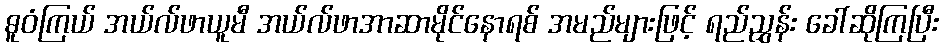
ဓူဝံကြယ် အယ်လ်ဖာယူမီ အယ်လ်ဖာအာဆာမိုင်နောရစ် အမည်များဖြင့် ရည်ညွှန်း ခေါ်ဆိုကြပြီး